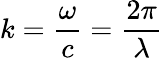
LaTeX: k={\frac{\omega}{c}}={\frac{2\pi}{\lambda}}